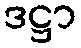
ဒဋ္ဌာ